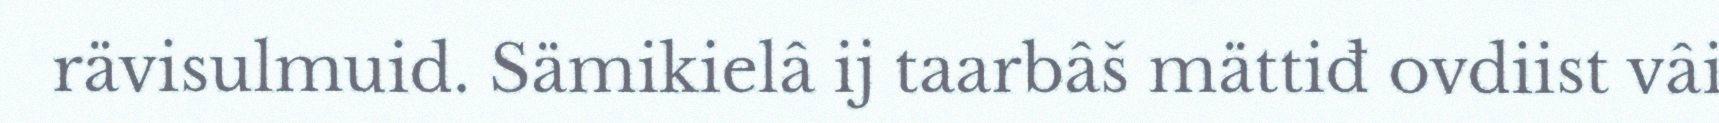
rävisulmuid. Sämikielâ ij taarbâš mättiđ ovdiist vâi